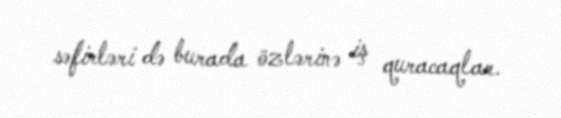
səfirləri də burada özlərinə iş quracaqlar.